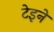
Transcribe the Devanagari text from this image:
टेइने